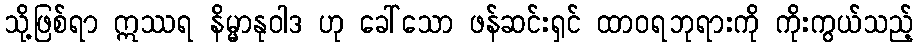
သို့ဖြစ်ရာ ဣဿရ နိမ္မာနုဝါဒ ဟု ခေါ်သော ဖန်ဆင်းရှင် ထာဝရဘုရားကို ကိုးကွယ်သည့်